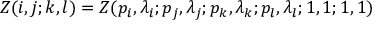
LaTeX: Z ( i , j ; k , l ) = Z ( p _ { i } , \lambda _ { i } ; p _ { j } , \lambda _ { j } ; p _ { k } , \lambda _ { k } ; p _ { l } , \lambda _ { l } ; 1 , 1 ; 1 , 1 )